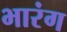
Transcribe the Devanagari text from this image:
भारंग